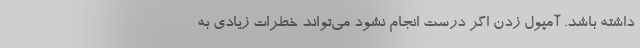
داشته باشد. آمپول زدن اگر درست انجام نشود می‌تواند خطرات زیادی به